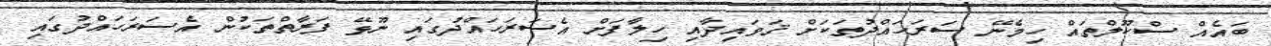
ބައެއް ސްކޫލްތައް ހިމެނޭ ސަރަހައްދުތަކަށް ޤަވައިދާއި ހިލާފަށް އެސަރަހައްދުގައި ނޫޅޭ ފަރާތްތަކުން އެސަރަހައްދުގައި